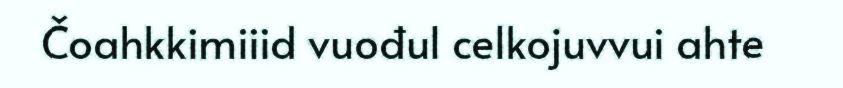
Čoahkkimiiid vuođul celkojuvvui ahte